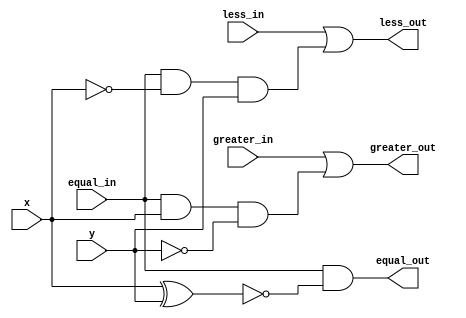
module one_bit_comparator(x, y, less_in, equal_in, greater_in, less_out, equal_out, greater_out);
    /*
        less_in, equal_in and greater_in are the inputs for less than, equal to and greater than ports respectively.
        Similarly less_out, equal_out and greater_out are the outputs for less than, equal to and greater than ports respectively.
    */
    input x, y, less_in, equal_in, greater_in;
    output less_out, equal_out, greater_out;
    wire less_out, equal_out, greater_out;

    /*
        greater_out will be 1 when either greater_in is 1 or when equal_in is 1, x is 1 and y is 0.
        equal_out will be 1 when equal_in is 1 and both the x and y are same(either both 0 or both 1).
        less_out will be 1 when either less_in is 1 or when equal_in is 1, x is 0 and y is 1.
    */
    assign greater_out = greater_in | (equal_in & x & ~y);
    assign equal_out = equal_in & ~(x^y);
    assign less_out = less_in | (equal_in & ~x & y);
endmodule